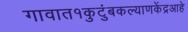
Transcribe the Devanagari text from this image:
गावात१कुटुंबकल्याणकेंद्रआहे